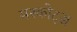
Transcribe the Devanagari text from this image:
मस्कोट्स